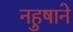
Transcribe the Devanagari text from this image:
नहुषाने